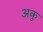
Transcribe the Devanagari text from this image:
अकु